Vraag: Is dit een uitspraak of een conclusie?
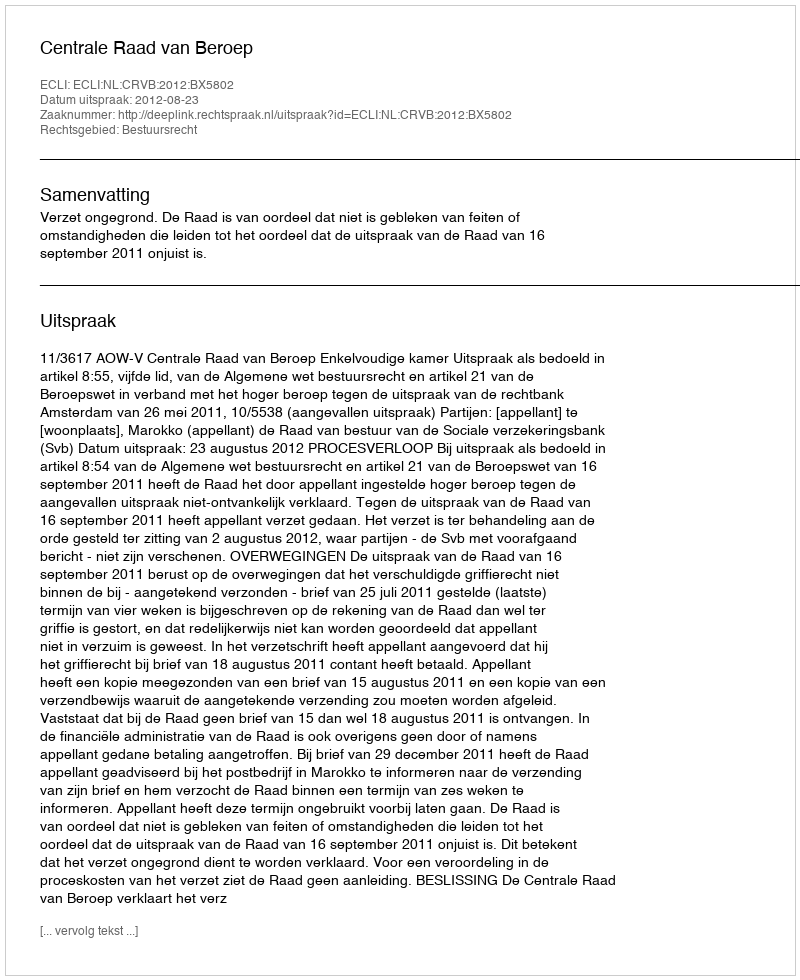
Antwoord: Uitspraak